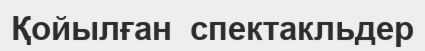
Қойылған  спектакльдер